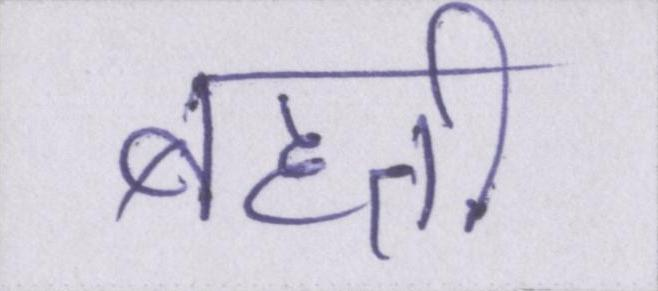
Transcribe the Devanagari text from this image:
बहती